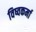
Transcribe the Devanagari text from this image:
विष्वकर्मा